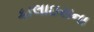
કાલાઇસના